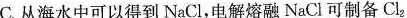
C.从海水中可以得到NaCl，电解熔融NaCl可制备Cl_{2}